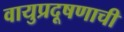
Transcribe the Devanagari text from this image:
वायुप्रदूषणाची